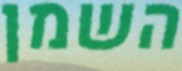
השמן